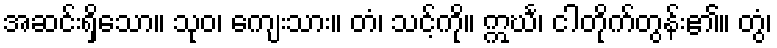
အဆင်းရှိသော။ သုဝ၊ ကျေးသား။ တံ၊ သင့်ကို။ ဣင်္ဃ၊ ငါတိုက်တွန်း၏။ တွံ၊